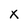
Character: x